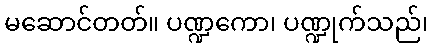
မဆောင်တတ်။ ပဏ္ဍကော၊ ပဏ္ဍုက်သည်၊